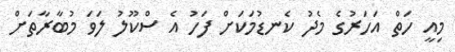
މިއީ ހަތް އަހަރުގެ މެދު ކެނޑުމަކަށް ފަހު އެ ސްކޫލު ލަވަ މުބާރާތަށް